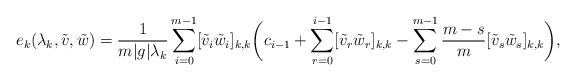
LaTeX: \begin{align*}e_k(\lambda_k,\tilde{v},\tilde{w})=\frac{1}{m|g|\lambda_k}\sum_{i=0}^{m-1}[\tilde{v}_i\tilde{w}_i]_{k,k}\bigg(c_{i-1}+\sum_{r=0}^{i-1}[\tilde{v}_r\tilde{w}_r]_{k,k}-\sum_{s=0}^{m-1}\frac{m-s}{m}[\tilde{v}_s\tilde{w}_s]_{k,k}\bigg),\end{align*}